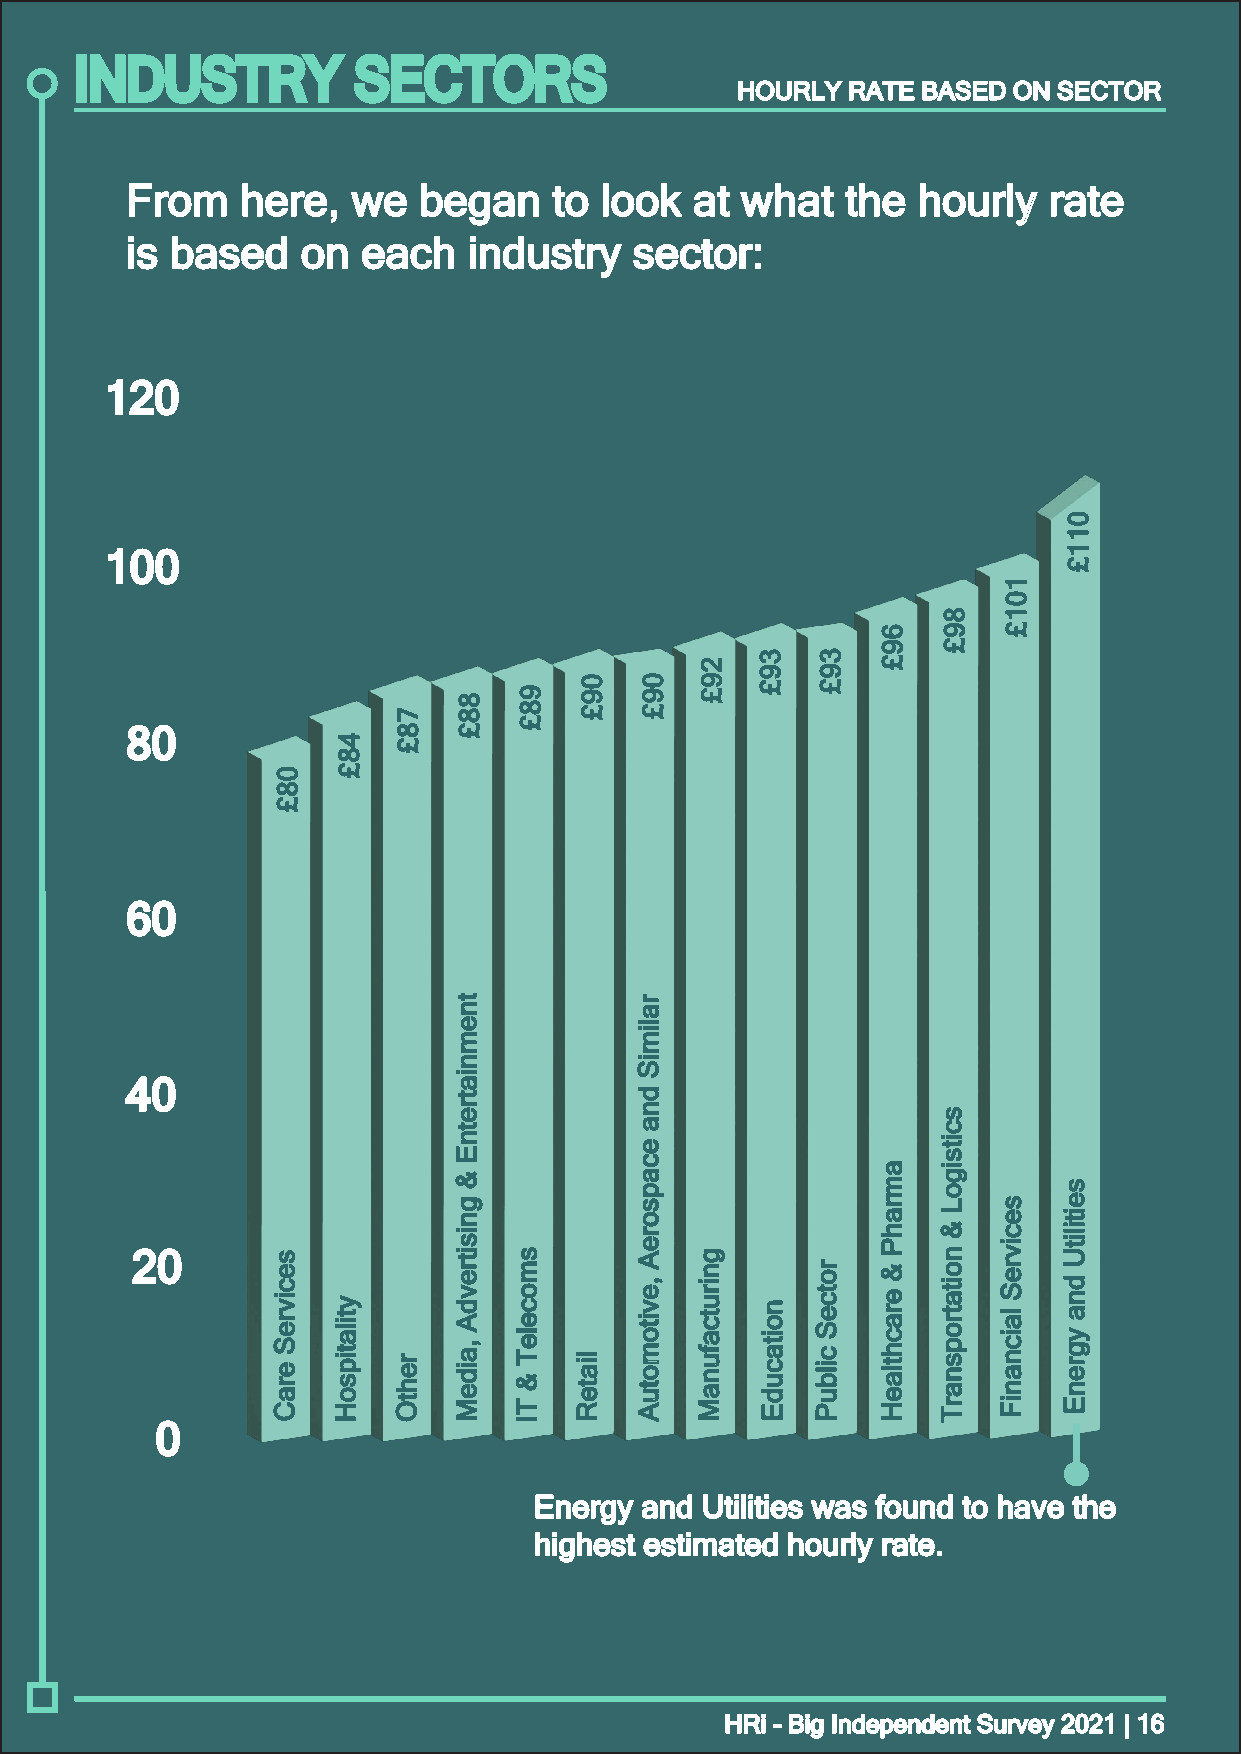
INDUSTRY          SECTORS
 HHOOUURRLLYY RRAATTEE BBAASSEEDD OONN SSEECCTTOORR
 FFrroomm hheerree,, wwee bbeeggaann ttoo llooookk aatt wwhhaatt tthhee hhoouurrllyy rraattee
 iiss bbaasseedd oonn eeaacchh iinndduussttrryy sseeccttoorr::
 112200
 110000
 8800
 6600
 4400
 2200
 00
 EEnneerrggyy aanndd UUttiilliittiieess wwaass ffoouunndd ttoo hhaavvee tthhee
 hhiigghheesstt eessttiimmaatteedd hhoouurrllyy rraattee..
 HHRRii -- BBiigg IInnddeeppeennddeenntt SSuurrvveeyy 22002211 || 1166
 0088££
 sseecciivvrreeSS
 eerraaCC
 4488££
 yyttiillaattiippssooHH
 7788££
 rreehhttOO
 8888££
 ttnneemmnniiaattrreettnnEE
 &&
 ggnniissiittrreevvddAA
 ,,aaiiddeeMM
 9988££
 ssmmoocceelleeTT
 &&
 TTII
 0099££
 lliiaatteeRR
 0099££
 rraalliimmiiSS
 ddnnaa
 eeccaappssoorreeAA
 ,,eevviittoommoottuuAA
 2299££
 ggnniirruuttccaaffuunnaaMM
 3399££
 nnooiittaaccuuddEE
 3399££
 rroottcceeSS
 cciillbbuuPP
 6699££
 aammrraahhPP
 &&
 eerraacchhttllaaeeHH
 8899££
 sscciittssiiggooLL
 &&
 nnooiittaattrrooppssnnaarrTT
 110011££
 sseecciivvrreeSS
 llaaiiccnnaanniiFF
 001111££
 sseeiittiilliittUU
 ddnnaa
 yyggrreennEE